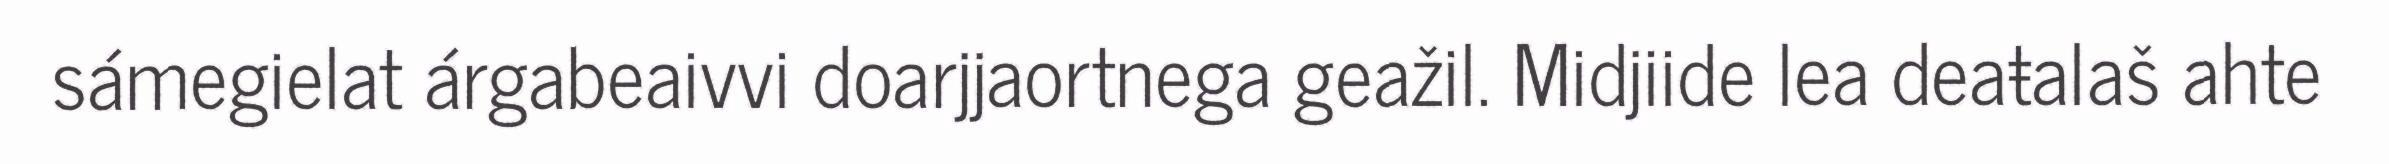
sámegielat árgabeaivvi doarjjaortnega geažil. Midjiide lea deaŧalaš ahte